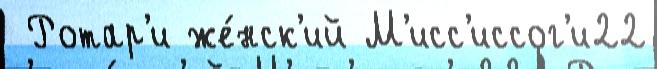
 Ротар'и же́нск'ий М'исс'иссог'и22